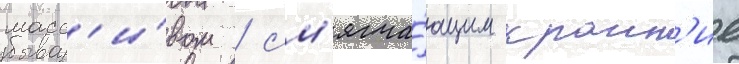
масс'и́вом / см'ягча́ющим краин'ие